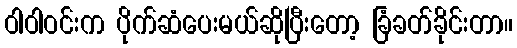
ဝါဝါဝင်းက ပိုက်ဆံပေးမယ်ဆိုပြီးတော့ ခြံခတ်ခိုင်းတာ။